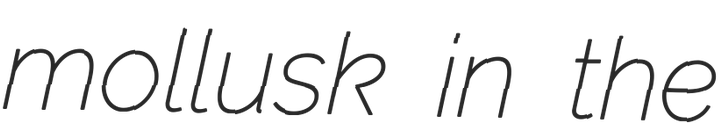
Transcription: mollusk in the